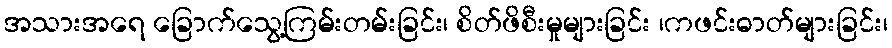
အသားအရေ ခြောက်သွေ့ကြမ်းတမ်းခြင်း၊ စိတ်ဖိစီးမှုများခြင်း ၊ကဖင်းဓာတ်များခြင်း၊